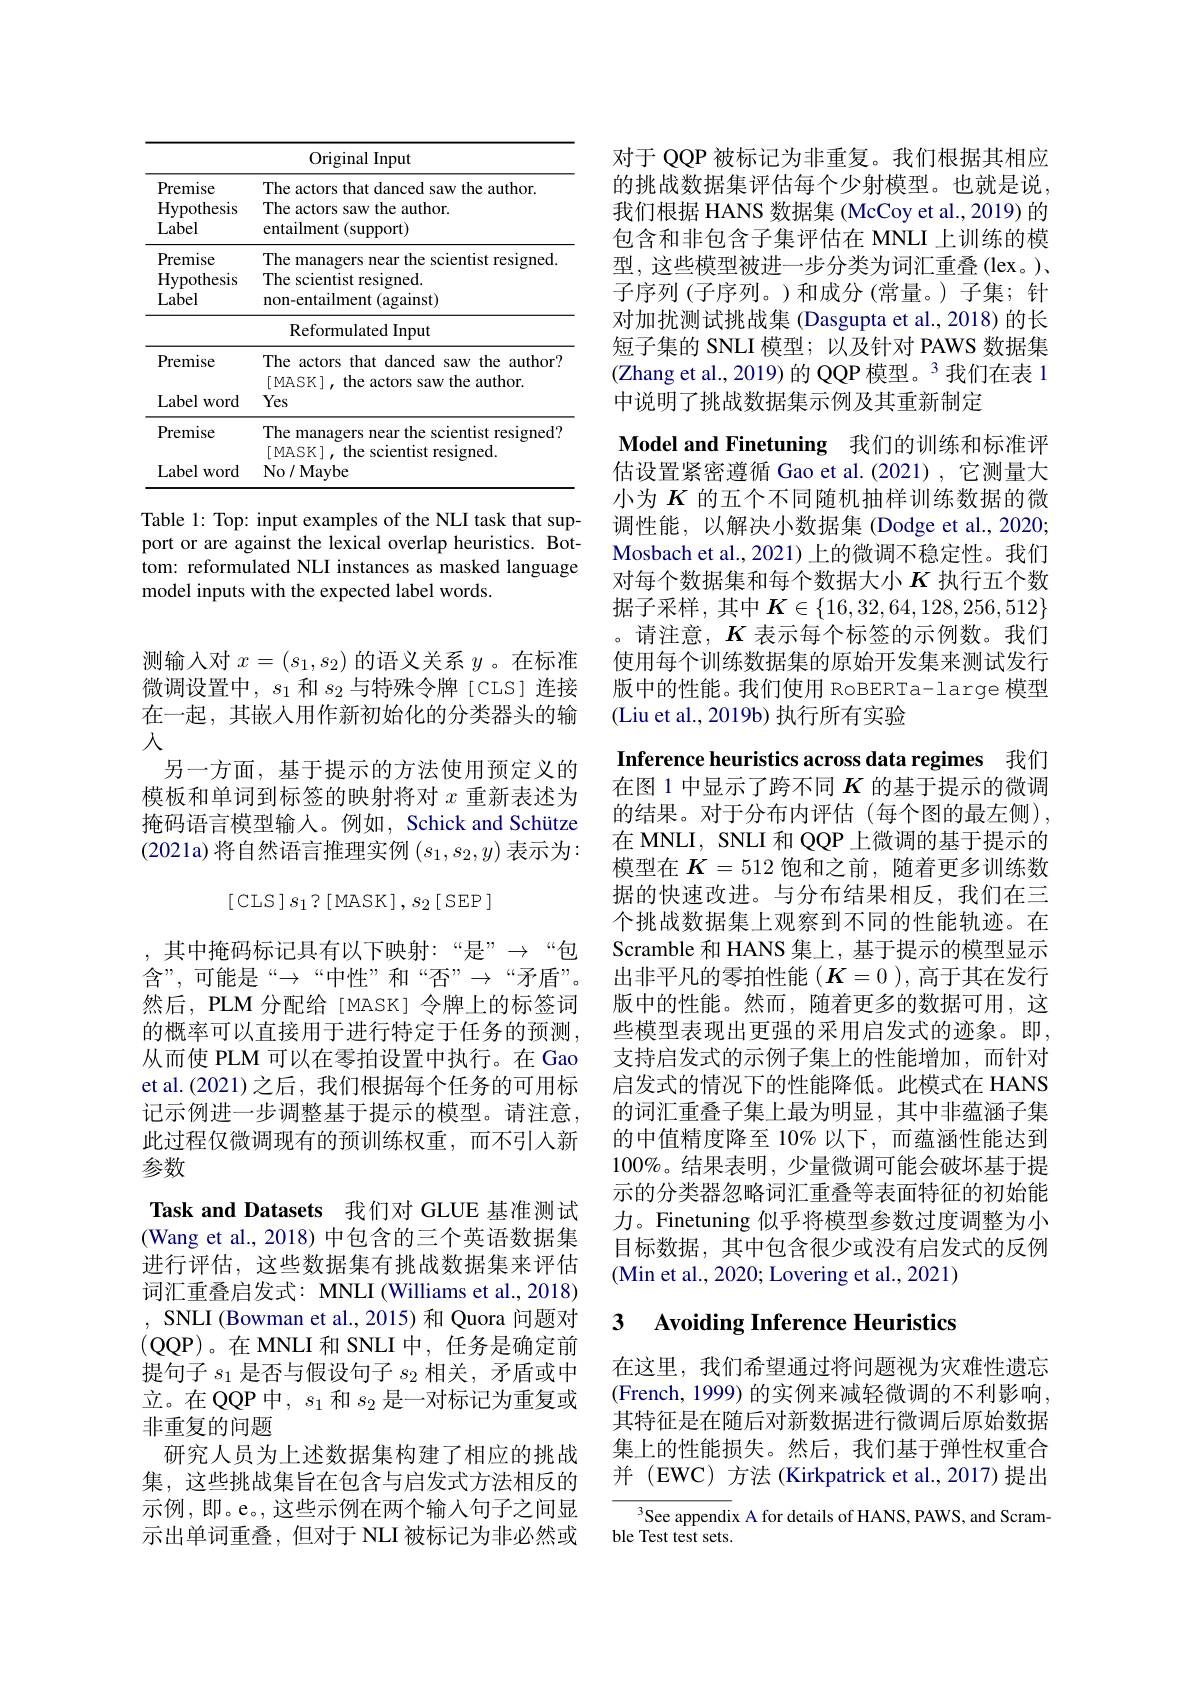
<table>
	<tbody>
		<tr>
			<th> </th>
			<th>Original Input</th>
		</tr>
		<tr>
			<td>Premise Hypothesis Label</td>
			<td>The actors that danced saw the author. The actors saw the author. entailment (support)</td>
		</tr>
		<tr>
			<td>Premise Hypothesis Label</td>
			<td>The managers near the scientist resigned. The scientist resigned. non-entailment (against)</td>
		</tr>
		<tr>
			<td> </td>
			<td>Reformulated Input</td>
		</tr>
		<tr>
			<td>Premise</td>
			<td>The actors that danced saw the author? $\Gamma\Lambda A_{1}$ 1017</td>
		</tr>
		<tr>
			<td>Label word</td>
			<td>$\lfloor1\%\square N$, tile actors saw ure auunor. Yes</td>
		</tr>
		<tr>
			<td>Premise</td>
			<td>The managers near the scientist resigned? $[M\Delta SE$ resioned</td>
		</tr>
		<tr>
			<td>Label </td>
			<td>No/Mavbe</td>
		</tr>
	</tbody>
</table>

Table 1: Top: input examples of the NLI task that support or are against the lexical overlap heuristics. Bottom: reformulated NLI instances as masked language model inputs with the expected label words.

测输入对$x=(s_1,s_2)$的语义关系$y$。在标准

微调设置中，$s_1$和$s_2$与特殊令牌[CLS]连接

在一起，其嵌入用作新初始化的分类器头的输

入
另一方面，基于提示的方法使用预定义的模板和单词到标签的映射将对$x$重新表述为掩码语言模型输入。例如，Schick and Schütze (2021a) 将自然语言推理实例$(s_1,s_2,y)$表示为：
$\left[\operatorname{CLS}\right]s_{1}?\left[\operatorname{MASK}\right],s_{2}\left[\operatorname{SEP}\right]$
,其中掩码标记具有以下映射：“是”$\to$“包${\text{含”,可能是“}\to“}$中性”和“否”$\to“$矛盾”。然后，PLM 分配给[MASK] 令牌上的标签词的概率可以直接用于进行特定于任务的预测， 从而使 PLM 可以在零拍设置中执行。在 Gao et al.(2021)之后，我们根据每个任务的可用标记示例进一步调整基于提示的模型。请注意， 此过程仅微调现有的预训练权重，而不引入新参数
Task and Datasets 我们对 GLUE 基准测试(Wang et al., 2018) 中包含的三个英语数据集进行评估，这些数据集有挑战数据集来评估词汇重叠启发式：MNLI (Williams et al., 2018) , SNLI (Bowman et al., 2015)和 Quora 问题对(QQP)。在 MNLI 和 SNLI 中，任务是确定前提句子$s_1$是否与假设句子$s_2$相关，矛盾或中

立。在 QQP 中，$s_1$和$s_2$是一对标记为重复或
非重复的问题
研究人员为上述数据集构建了相应的挑战集，这些挑战集旨在包含与启发式方法相反的示例，即。e。,这些示例在两个输入句子之间显示出单词重叠，但对于 NLI 被标记为非必然或

对于 QQP 被标记为非重复。我们根据其相应的挑战数据集评估每个少射模型。也就是说， 我们根据 HANS 数据集 (McCoy et al.,2019) 的包含和非包含子集评估在 MNLI 上训练的模型，这些模型被进一步分类为词汇重叠(lex。)、 子序列 (子序列。)和成分 (常量。) 子集；针对加扰测试挑战集 (Dasgupta et al., 2018) 的长短子集的 SNLI 模型；以及针对 PAWS 数据集(Zhang et al., 2019) 的 QQP 模型。3 我们在表 1中说明了挑战数据集示例及其重新制定

Model and Finetuning 我们的训练和标准评估设置紧密遵循 Gao et al.(2021) ,它测量大小为$K$的五个不同随机抽样训练数据的微调性能，以解决小数据集 (Dodge et al., 2020; Mosbach et al.,2021) 上的微调不稳定性。我们对每个数据集和每个数据大小$K$ 执行五个数据子采样，其中$K\in\{16,32,64,128,256,512\}$ 。请注意，$K$表示每个标签的示例数。我们使用每个训练数据集的原始开发集来测试发行版中的性能。我们使用 RoBERTa-large 模型(Liu et al., 2019b) 执行所有实验
Inference heuristics across data regimes 我们

在图 1 中显示了跨不同$K$的基于提示的微调的结果。对于分布内评估(每个图的最左侧), 在 MNLI, SNLI 和 QQP 上微调的基于提示的模型在$K=512$饱和之前，随着更多训练数据的快速改进。与分布结果相反，我们在三个挑战数据集上观察到不同的性能轨迹。在Scramble 和 HANS 集上，基于提示的模型显示出非平凡的零拍性能$(\boldsymbol{K}=0)$,高于其在发行版中的性能。然而，随着更多的数据可用，这些模型表现出更强的采用启发式的迹象。即， 支持启发式的示例子集上的性能增加，而针对启发式的情况下的性能降低。此模式在 HANS 的词汇重叠子集上最为明显，其中非蕴涵子集的中值精度降至 10% 以下，而蕴涵性能达到$100\%$。结果表明，少量微调可能会破坏基于提示的分类器忽略词汇重叠等表面特征的初始能力。Finetuning 似乎将模型参数过度调整为小目标数据，其中包含很少或没有启发式的反例(Min et al., 2020; Lovering et al., 2021)

## 3 Avoiding Inference Heuristics

在这里，我们希望通过将问题视为灾难性遗忘(French, 1999) 的实例来减轻微调的不利影响， 其特征是在随后对新数据进行微调后原始数据集上的性能损失。然后，我们基于弹性权重合并 (EWC) 方法 (Kirkpatrick et al.,2017)提出

$^{3}$See appendix A for details of HANS, PAWS, and Scram-
ble Test test sets.